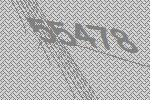
55478